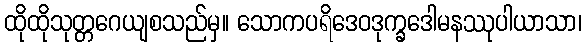
ထိုထိုသုတ္တဂေယျစသည်မှ။ သောကပရိဒေဝဒုက္ခဒေါမနဿုပါယာသာ၊